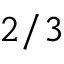
2 / 3